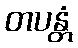
တပန္တံ